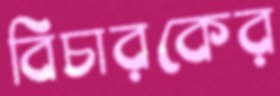
বিচারকের